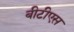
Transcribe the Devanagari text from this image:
बीटीएस